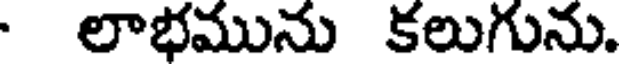
లాభమును కలుగును.